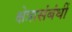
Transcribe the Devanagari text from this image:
क्षेत्रासंबंधीं